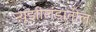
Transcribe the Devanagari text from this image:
न्यूझीलंडातील